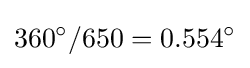
360^{\circ }/650=0.554^{\circ }